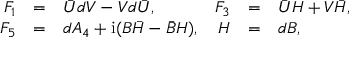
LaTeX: \begin{array} { r c l r c l } { { F _ { 1 } } } & { { = } } & { { \bar { U } d V - V d \bar { U } , } } & { { F _ { 3 } } } & { { = } } & { { \bar { U } H + V \bar { H } , } } \\ { { F _ { 5 } } } & { { = } } & { { d A _ { 4 } + \mathrm { i } ( B \bar { H } - \bar { B } H ) , } } & { { H } } & { { = } } & { { d B , } } \end{array}